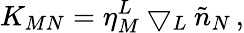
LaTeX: K_{MN}=\eta_{M}^{L}\bigtriangledown_{L}\tilde{n}_{N}\, ,